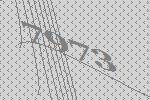
7973